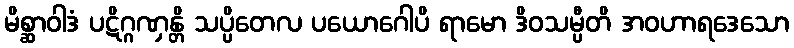
မိစ္ဆာဝါဒံ ပဋိဂ္ဂဏှန္တိ သပ္ပိတေလ ပယောဂေါပိ ရာမော ဒိဝသမ္ပီတိ အဝဟာရဒေသော